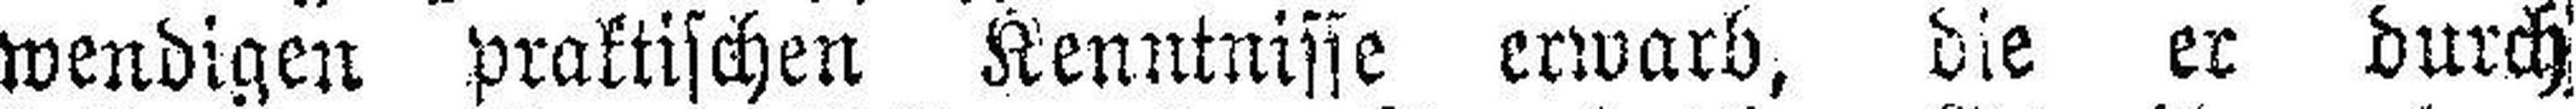
wendigen praktischen Kenntnisse erwarb, die er durch